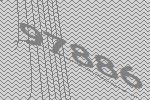
97886